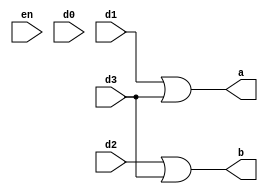
module encoder_2_4(output a,b,input en,d0,d1,d2,d3);
    or a1(a,d1,d3);
    or a2(b,d2,d3);
endmodule
module test_enc;
    wire a,b;
    reg d0,d1,d2,d3,en;
    encoder_2_4 enc(a,b,en,d0,d1,d2,d3);
    initial
    begin
        $dumpfile("enc_test.vcd");
        $dumpvars(0,test_enc);
        en=1;
        d0=1;d1=0;d2=0;d3=0;
            #20;
        d0=0;d1=1;d2=0;d3=0;
            #20;
        d0=0;d1=0;d2=1;d3=0;
            #20;
        d0=0;d1=0;d2=0;d3=1;
            #20;
    end
endmodule